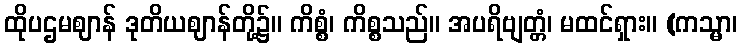
ထိုပဌမဈာန် ဒုတိယဈာန်တို့၌။ ကိစ္စံ၊ ကိစ္စသည်။ အပရိဗျတ္တံ၊ မထင်ရှား။ (ကသ္မာ၊